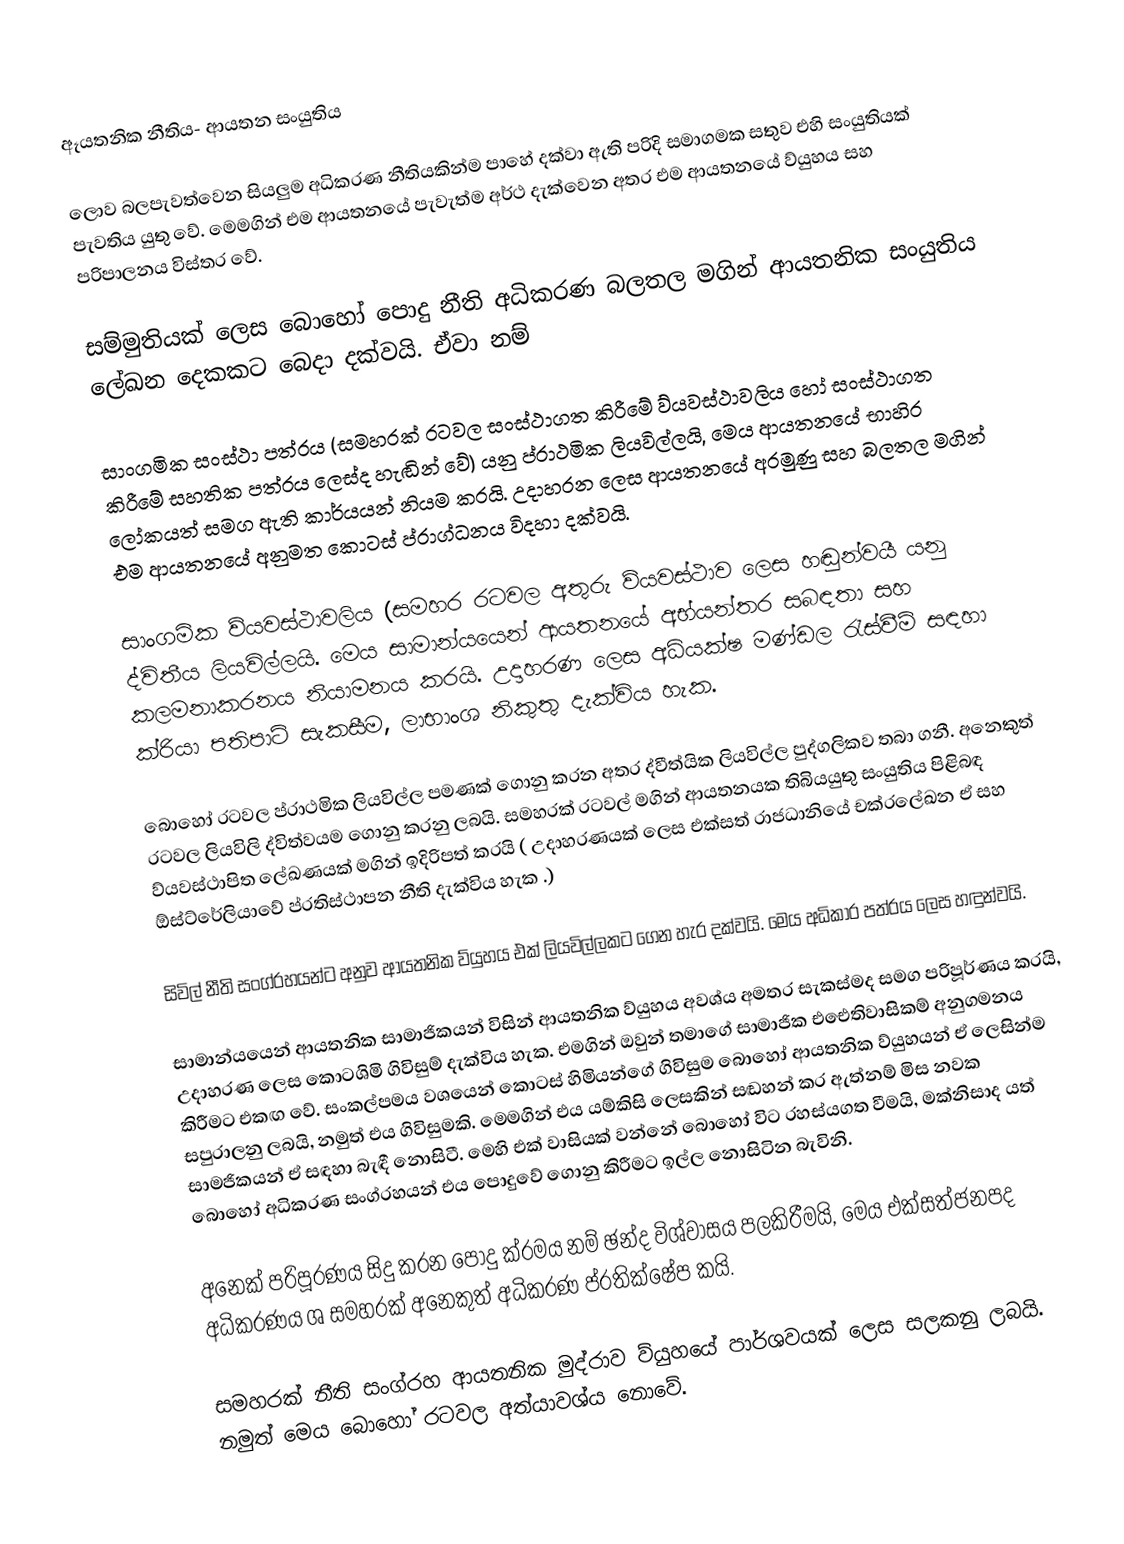
ඈයතනික නීතිය- ආයතන සංයුතිය

ලොව බලපැවත්වෙන සියලුම අධිකරණ නීතියකින්ම පාහේ දක්වා ඇති පරිදි සමාගමක සතුව එහි සංයුතියක් පැවතිය යුතු වේ. මෙමගින් එම ආයතනයේ පැවැත්ම අර්ථ දැක්වෙන අතර එම ආයතනයේ ව්යුහය සහ පරිපාලනය විස්තර වේ.

සම්මුතියක් ලෙස බොහෝ පොදු නීති අධිකරණ බලතල මගින් ආයතනික සංයුතිය ලේඛන දෙකකට බෙදා දක්වයි. ඒවා නම්

 සාංගමික සංස්ථා පත්රය (සමහරක් රටවල සංස්ථාගත කිරීමේ ව්යවස්ථාවලිය හෝ සංස්ථාගත කිරීමේ සහතික පත්රය ලෙස්ද හැඬින් වේ) යනු ප්රාථමික ලියවිල්ලයි, මෙය ආයතනයේ භාහිර ලෝකයත් සමග ඇති කාර්යයන් නියම කරයි. උදාහරන ලෙස ආයතනයේ අරමුණු සහ බලතල මගින් එම ආයතනයේ අනුමත කොටස් ප්රාග්ධනය විදහා දක්වයි.

 සාංගමික ව්යවස්ථාවලිය (සමහර රටවල අතුරු ව්යවස්ථාව ලෙස හඬුන්වයී යනු ද්විතීය ලියවිල්ලයි. මෙය සාමාන්යයෙන් ආයතනයේ අභ්යන්තර සබඳතා සහ කලමනාකරනය නියාමනය කරයි. උදාහරණ ලෙස අධ්යක්ෂ මණ්ඩල රැස්වීම් සඳහා ක්රියා පතිපාටි සැකසීම, ලාභාංශ නිකුතු දැක්විය හැක.

බොහෝ රටවල ප්රාථමික ලියවිල්ල පමණක් ගොනු කරන අතර ද්වීත්යික ලියවිල්ල පුද්ගලිකව තබා ගනී. අනෙකුත් රටවල ලියවිලි ද්විත්වයම ගොනු කරනු ලබයි. සමහරක් රටවල් මගින් ආයතනයක තිබියයුතු සංයුතිය පිළිබඳ ව්යවස්ථාපිත ලේඛණයක් මගින් ඉදිරිපත් කරයි ( උදාහරණයක් ලෙස එක්සත් රාජධානියේ චක්රලේඛන ඒ සහ ඕස්ට්රේලියාවේ ප්රතිස්ථාපන නීති දැක්විය හැක .)

 සිවිල් නීති සංග්රහයන්ට අනුව ආයතනික ව්යුහය එක් ලියවිල්ලකට ගෙන හැර දක්වයි. මෙය අධිකාර පත්රය ලෙස හඳුන්වයි.

සාමාන්යයෙන් ආයතනික සාමාජිකයන් විසින් ආයතනික ව්යුහය අවශ්ය අමතර සැකස්මද සමග පරිපූර්ණය කරයි, උදාහරණ ලෙස කොටශිමි ගිවිසුම් දැක්විය හැක. එමගින් ඔවුන් තමාගේ සාමාජික එඓතිවාසිකම් අනුගමනය කිරීමට එකඟ වේ. සංකල්පමය වශයෙන් කොටස් හිමියන්ගේ ගිවිසුම බොහෝ ආයතනික ව්යුහයන් ඒ ලෙසින්ම සපුරාලනු ලබයි, නමුත් එය ගිවිසුමකි.  මෙමගින් එය යම්කිසි ලෙසකින් සඬහන් කර ඇත්නම් මිස නවක සාමජිකයන් ඒ සඳහා බැඳී නොසිටී. මෙහි එක් වාසියක් වන්නේ බොහෝ විට රහස්යගත වීමයි, මක්නිසාද යත් බොහෝ අධිකරණ සංග්රහයන් එය පොදුවේ ගොනු කිරීමට ඉල්ල නොසිටින බැවිනි.

අනෙක් පරිපූරණය සිදු කරන පොදු ක්රමය නම් ඡන්ද විශ්වාසය පලකිරීමයි, මෙය එක්සත්ජනපද අධිකරණය ශ සමහරක් අනෙකුත් අධිකරණ ප්රතික්ෂේප කයි.

සමහරක් නීති සංග්රහ ආයතනික මුද්රාව ව්යුහයේ පාර්ශවයක් ලෙස සලකනු ලබයි. නමුත් මෙය බොහෝ රටවල අත්යාවශ්ය නොවේ.